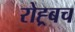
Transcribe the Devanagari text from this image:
रोह्र्बच